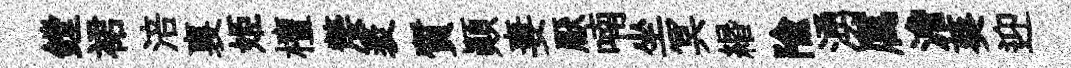
鏜裙涪裏姬檀嫠袤質顚妻厭喃坐冥緡隃湧厲澹葵迎